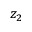
z _ { 2 }